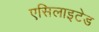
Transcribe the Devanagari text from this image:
एसिलाइटेड